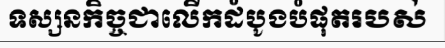
ទស្សនកិច្ចជាលើកដំបូងបំផុតរបស់